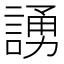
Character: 𫍃